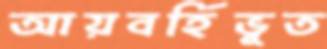
আয়বর্হিভূত